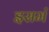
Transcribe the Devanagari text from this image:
इसमं